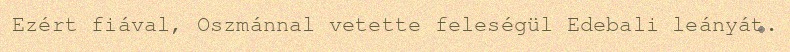
Ezért fiával, Oszmánnal vetette feleségül Edebali leányát.